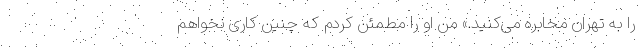
را به تهران مخابره می‌کنید.» من او را مطمئن کردم که چنین کاری نخواهم